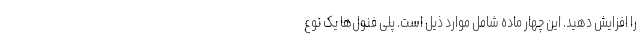
را افزایش دهید. این چهار ماده شامل موارد ذیل است. پلی فنول‌ها یک نوع